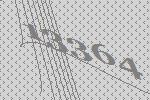
13364